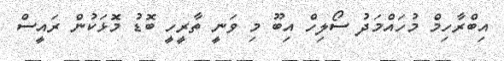
އިބްރާހިމް މުހައްމަދު ސޯލިހް އިބޫ މި ވަނީ ތާރީހީ ބޮޑު މޮޅަކުން ރައީސް